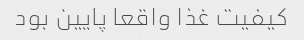
کیفیت غذا واقعا پایین بود